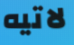
لاتيه